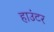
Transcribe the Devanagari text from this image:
हाउंटर